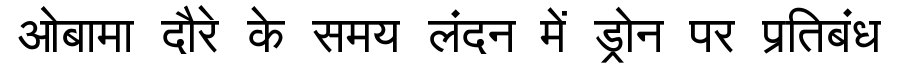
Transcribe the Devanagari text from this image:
ओबामा दौरे के समय लंदन में ड्रोन पर प्रतिबंध